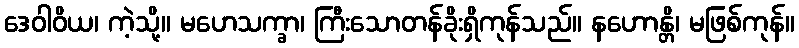
ဒေဝါဝိယ၊ ကဲ့သို့။ မဟေသက္ခာ၊ ကြီးသောတန်ခိုးရှိကုန်သည်။ နဟောန္တိ၊ မဖြစ်ကုန်။